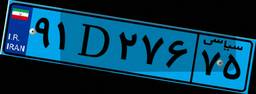
۹۱D۲۷۶۷۵